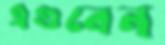
এগুবেন